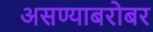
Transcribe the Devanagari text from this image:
असण्याबरोबर